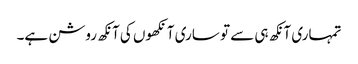
تمہاری آنکھ ہی سے تو ساری آنکھوں کی آنکھ روشن ہے۔